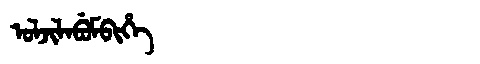
Manchu: ᠣᠯᠵᡳᠯᠠᠪᡠᠮᠪᡳᡥᡝ
Romanization: OLJILABUMBIHE